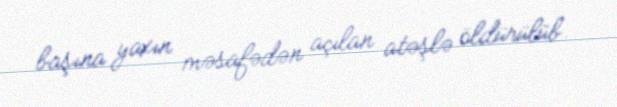
başına yaxın məsafədən açılan atəşlə öldürülüb.